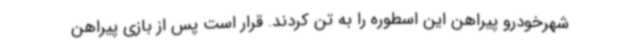
شهرخودرو پیراهن این اسطوره را به تن کردند. قرار است پس از بازی پیراهن